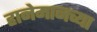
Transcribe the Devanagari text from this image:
हानेमानच्या